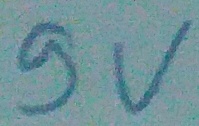
Text: 9V